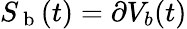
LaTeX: S_{\mathrm{~b~}}(t)=\partial V_{b}(t)